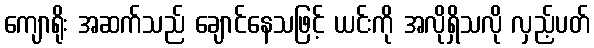
ကျောရိုး အဆက်သည် ချောင်နေသဖြင့် ယင်းကို အလိုရှိသလို လှည့်ပတ်